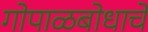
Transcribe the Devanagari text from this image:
गोपाळबोधाचे